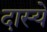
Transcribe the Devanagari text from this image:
दास्ये